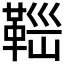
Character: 𩊼